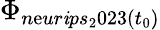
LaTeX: \Phi_{n\mathrm{e}ur\mathit{i}ps_{2}023(t_{0})}